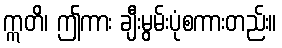
ဣတိ၊ ဤကား ချီးမွမ်းပုံစကားတည်း။